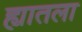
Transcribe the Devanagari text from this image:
ह्यातला